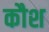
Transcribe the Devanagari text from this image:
कौश